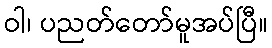
ဝါ၊ ပညတ်တော်မူအပ်ပြီ။